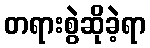
တရားစွဲဆိုခဲ့ရာ